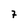
Character: 7